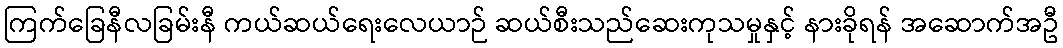
ကြက်ခြေနီလခြမ်းနီ ကယ်ဆယ်ရေးလေယာဉ် ဆယ်စီးသည်ဆေးကုသမှုနှင့် နားခိုရန် အဆောက်အဦ